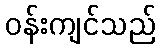
ဝန်းကျင်သည်